Document type: Sale
Year: 1355
Scribe: Pere Borrell
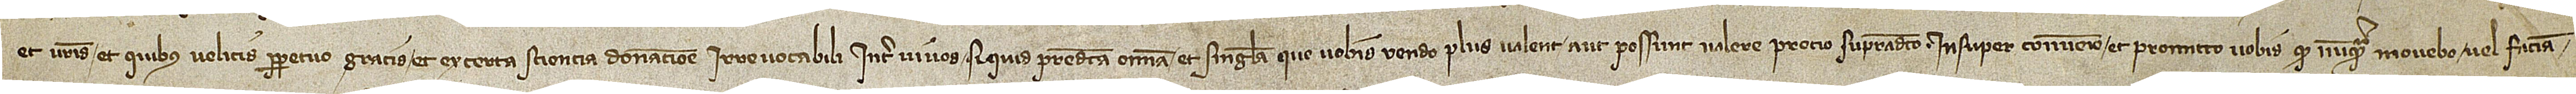
et vestris et quibus velitis perpetuo gratis et ex certa sciencia donatione irrevocabili inter vivos si quid predicta omnia et singula que vobis vendo plus valent aut possunt valere precio supradicto. Insuper convenio et promitto vobis quod nunquam movebo vel faciam